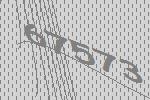
67573